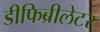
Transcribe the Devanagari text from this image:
डीफिब्रीलेटर